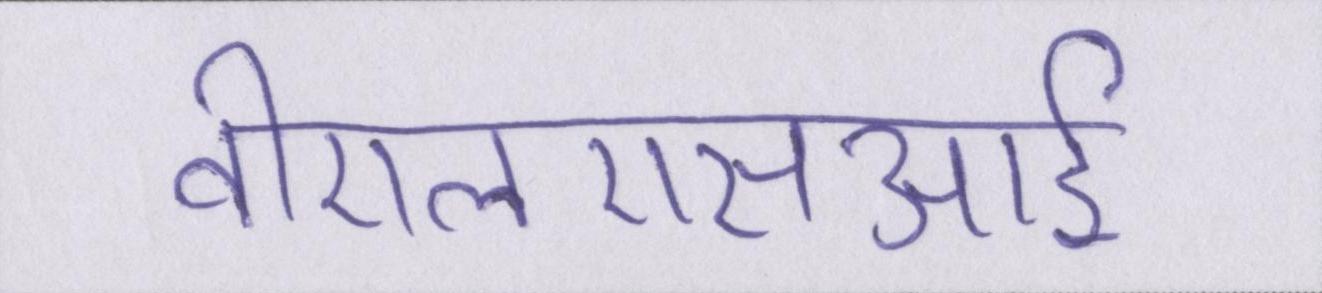
वीएलएसआई